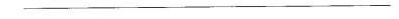
___